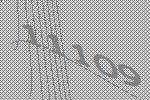
11109